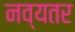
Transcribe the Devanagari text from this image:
नव्यतर